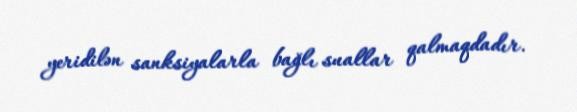
yeridilən sanksiyalarla bağlı suallar qalmaqdadır.